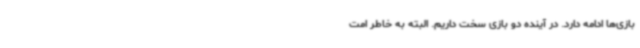
بازی‌ها ادامه دارد. در آینده دو بازی سخت داریم. البته به خاطر امت